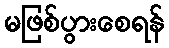
မဖြစ်ပွားစေရန်